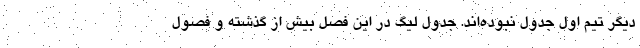
دیگر تیم اول جدول نبوده‌اند. جدول لیگ در این فصل بیش از گذشته و فصول